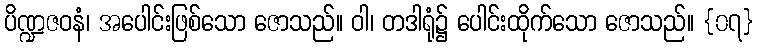
ပိဏ္ဍဇဝနံ၊ အပေါင်းဖြစ်သော ဇောသည်။ ဝါ၊ တဒါရုံ၌ ပေါင်းထိုက်သော ဇောသည်။ {၀၇}